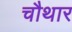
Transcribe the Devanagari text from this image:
चौथार